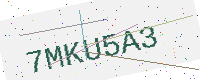
Text: 7MKU5A3